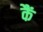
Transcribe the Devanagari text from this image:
कैं